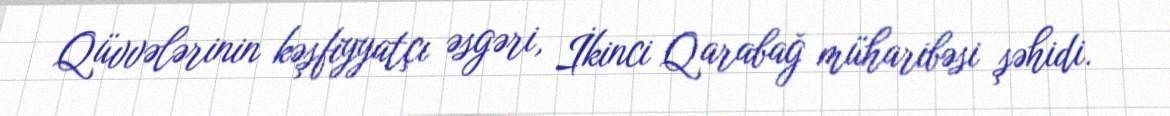
Qüvvələrinin kəşfiyyatçı əsgəri, İkinci Qarabağ müharibəsi şəhidi.